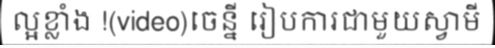
ល្អខ្លាំង !(video)ចេន្នី រៀបការជាមួយស្វាមី